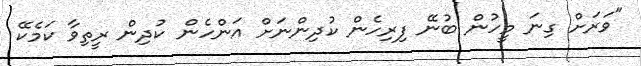
"ވަރަށް ގިނަ މީހުން ބުނޭ ފިރިހެން ކުދިންނަށް އަންހެން ކުދިން ރީތިވާ ކަމެކޭ